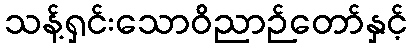
သန့်ရှင်းသောဝိညာဉ်တော်နှင့်